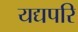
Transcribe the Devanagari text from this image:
यद्यपरि